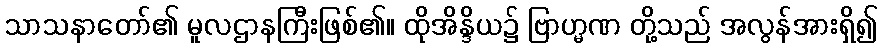
သာသနာတော်၏ မူလဌာနကြီးဖြစ်၏။ ထိုအိန္ဒိယ၌ ဗြာဟ္မဏ တို့သည် အလွန်အားရှိ၍